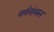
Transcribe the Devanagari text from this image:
वर्णनांवरुन